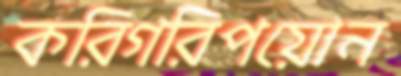
করিগরিপয়োন